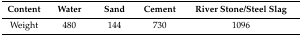
| Content | Water | Sand | Cement | River Stone/Steel Slag |
 | --- | --- | --- | --- | --- |
 | Weight | 480 | 144 | 730 | 1096 |